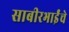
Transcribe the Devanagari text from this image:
साबीरभाईंचे